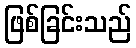
ဖြစ်ခြင်းသည်